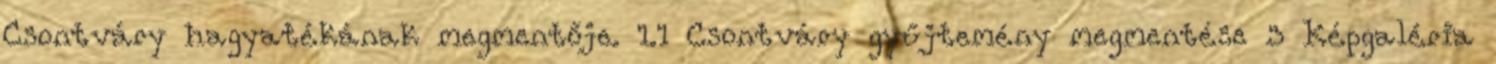
Csontváry hagyatékának megmentője. 1.1 Csontváry gyűjtemény megmentése 3 Képgaléria